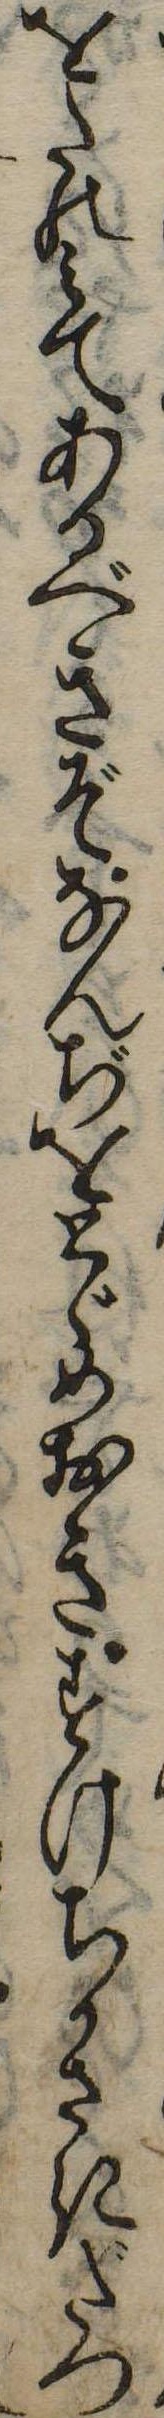
をたのみてあるべきぞなんぢをとゞめおきすけちかさきだつ